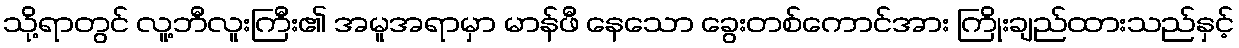
သို့ရာတွင် လူ့ဘီလူးကြီး၏ အမူအရာမှာ မာန်ဖီ နေသော ခွေးတစ်ကောင်အား ကြိုးချည်ထားသည်နှင့်